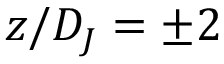
z / D _ { J } = \pm 2